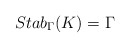
\begin{align*} Stab_{\Gamma}(K)=\Gamma\end{align*}